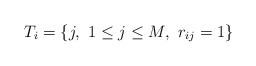
\begin{align*}T_i = \{j,\ 1\leq j\leq M, \ r_{ij}= 1\}\end{align*}